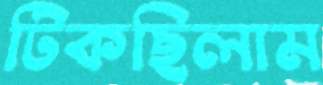
টিকছিলাম